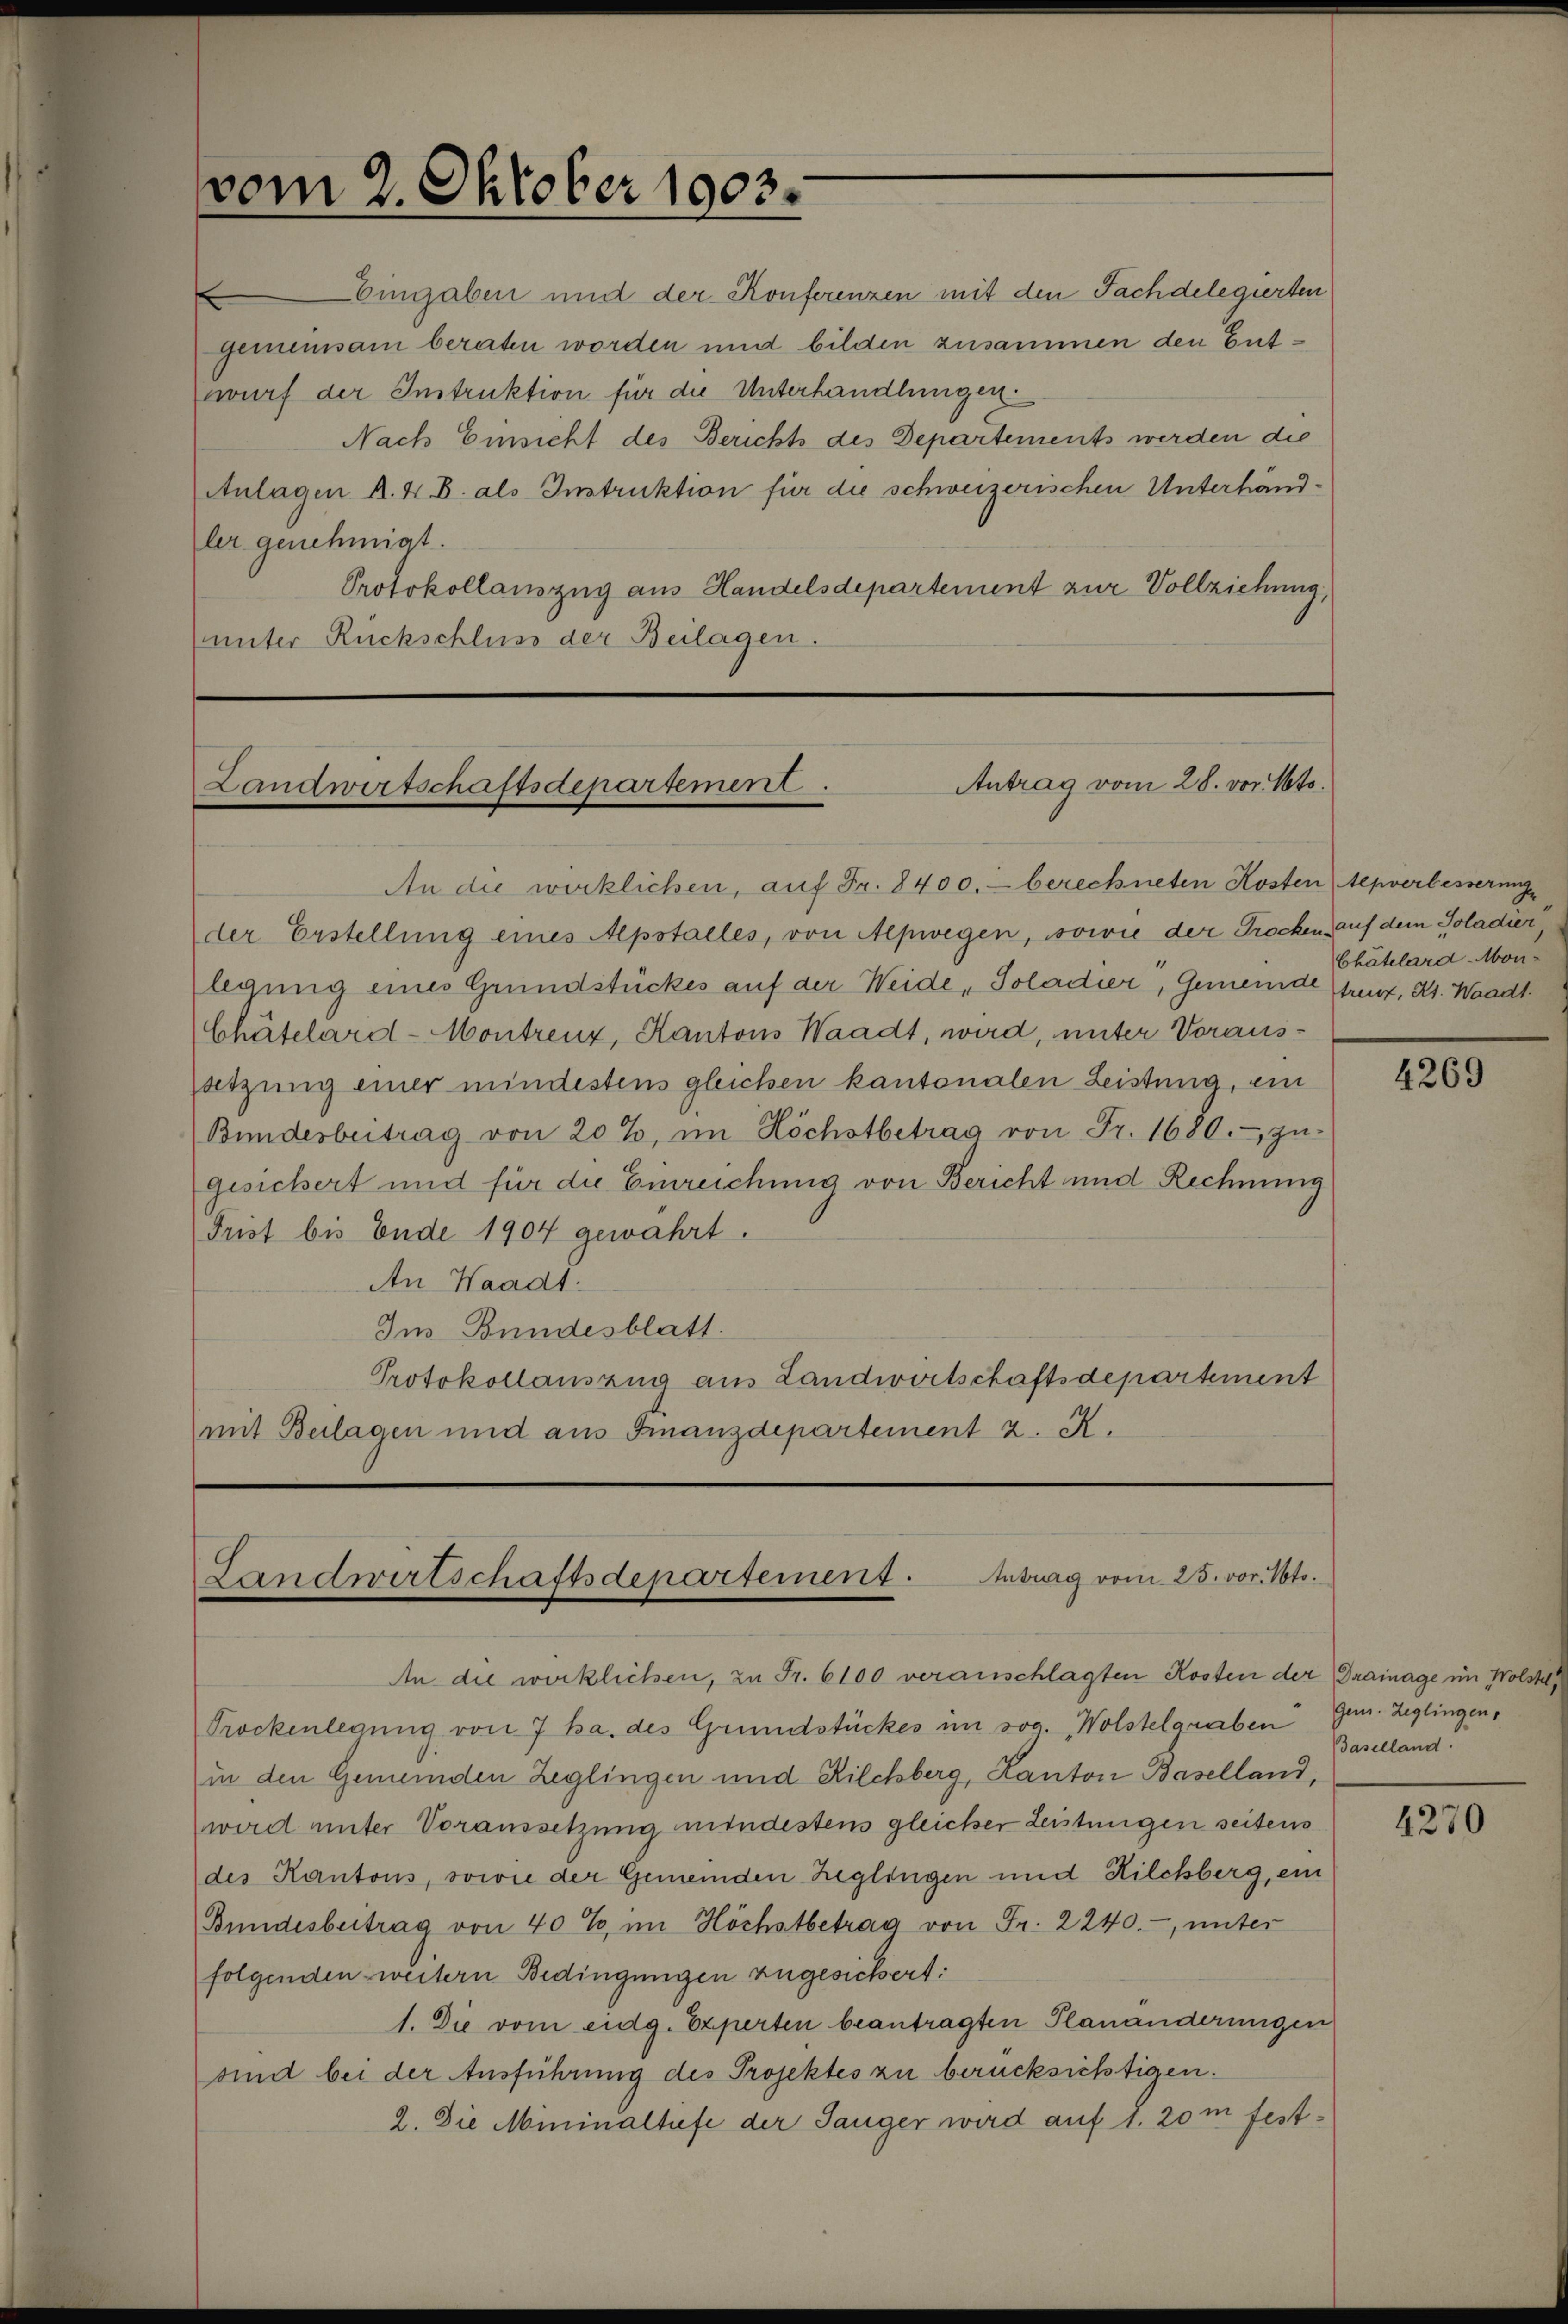
.
ler genehmigt.

vom 2. Oktober 1903.

Eingaben und der Konferenzen mit den Fachdelegierten
gemeinsam beraten worden und bilden zusammen den Entwurf der Instruktion für die Unterhandlungen
Nach Einsicht des Berichts des Departements werden die
Anlagen A. 4 B. als Instruktion für die schweizerischen Unterhand¬
Protokollauszug aus Handelsdepartement zur Vollziehung,
unter Rückschluss der Beilagen.

An die wirklichen, auf Fr. 8400. berechneten Kosten Aepverbesserung
der Erstellung eines Apstalles, von Alpwegen, sowie der Trocken auf dem Soladier
legung eines Grundstückes auf der Weide , Soladier, Gemeinde Grenz, Kt. Waadt.
Chätelard-Montrenz, Kantons Waadt, wird, unter Voraussatzung einer mindestens gleichen kantonalen Leistung, ein
Bunderbeitrag von 20%, im Höchstbetrag von Fr. 1680. zŭ-
gesichert und für die Einreichung von Bericht und Rechnung
Frist bis Ende 1904 gewährt.
An Waadt.
Im Bundesblatt.
Protokollauszug aus Landwirtschaftsdepartement
mit Beilagen und aus Finanzdepartement z. R.

Antrag vom 28. vor. Mts.
Landwirtschaftsdepartement.

Landwirtschaftsdepartement. Antrag vom 25. vor Noto.

An die wirklichen, zu Fr. 6100 veranschlagten Kosten der Drainage im Wolstel
Trockenlegung von 7 ha. des Grundstückes im sog. Wolstelgraben Gem. Zeglingen,
in den Gemeinden Zeglingen und Kilchberg, Kanton Baselland,
wird unter Voraussetzung mindestens gleicher Leistungen seitens
des Kantons, sowie der Gemeinden Zeglingen und Kilchberg, ein
Bundesbeitrag von 40%, im Höchstbetrag von Fr. 2240.-, unter
folgenden weitern Bedingungen zugesichert:
1. Die vom eidg. Experten beantragten Planänderungen
sind bei der Ausführung des Projektes zu berücksichtigen.
2. Die Mininaltufe der Sanger wird auf 1. 20m fest¬

Chätelard-Mon¬

4269

Baselland.

4270